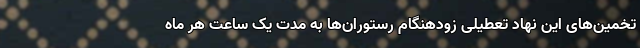
تخمین‌های این نهاد تعطیلی زودهنگام رستوران‌ها به مدت یک ساعت هر ماه